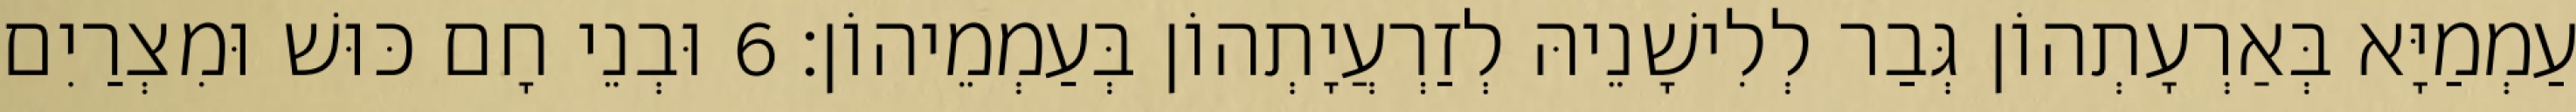
עַמְמַיָּא בְּאַרְעָתְהוֹן גְּבַר לְלִישָׁנֵיהּ לְזַרְעֲיָתְהוֹן בְּעַמְמֵיהוֹן׃ 6 וּבְנֵי חָם כּוּשׁ וּמִצְרַיִם